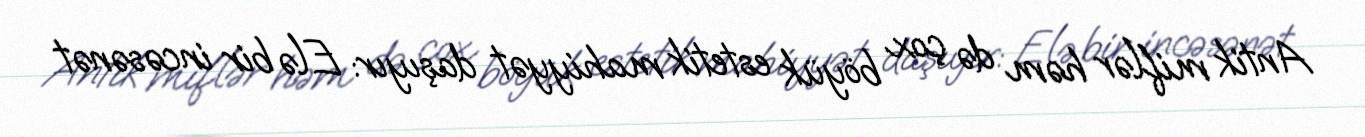
Antik miflər həm də çox böyük estetik mahiyyət daşıyır: Elə bir incəsənət